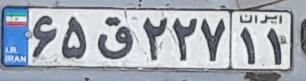
۶۵ق۲۲۷۱۱